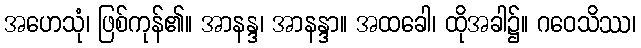
အဟေသုံ၊ ဖြစ်ကုန်၏။ အာနန္ဒ၊ အာနန္ဒာ။ အထခေါ၊ ထိုအခါ၌။ ဂဝေသိဿ၊